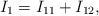
LaTeX: \begin{align*}I_1=I_{11}+I_{12},\end{align*}